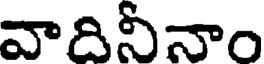
వాదినీనాం